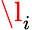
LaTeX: \l_{i}